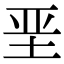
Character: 垩